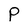
Character: P